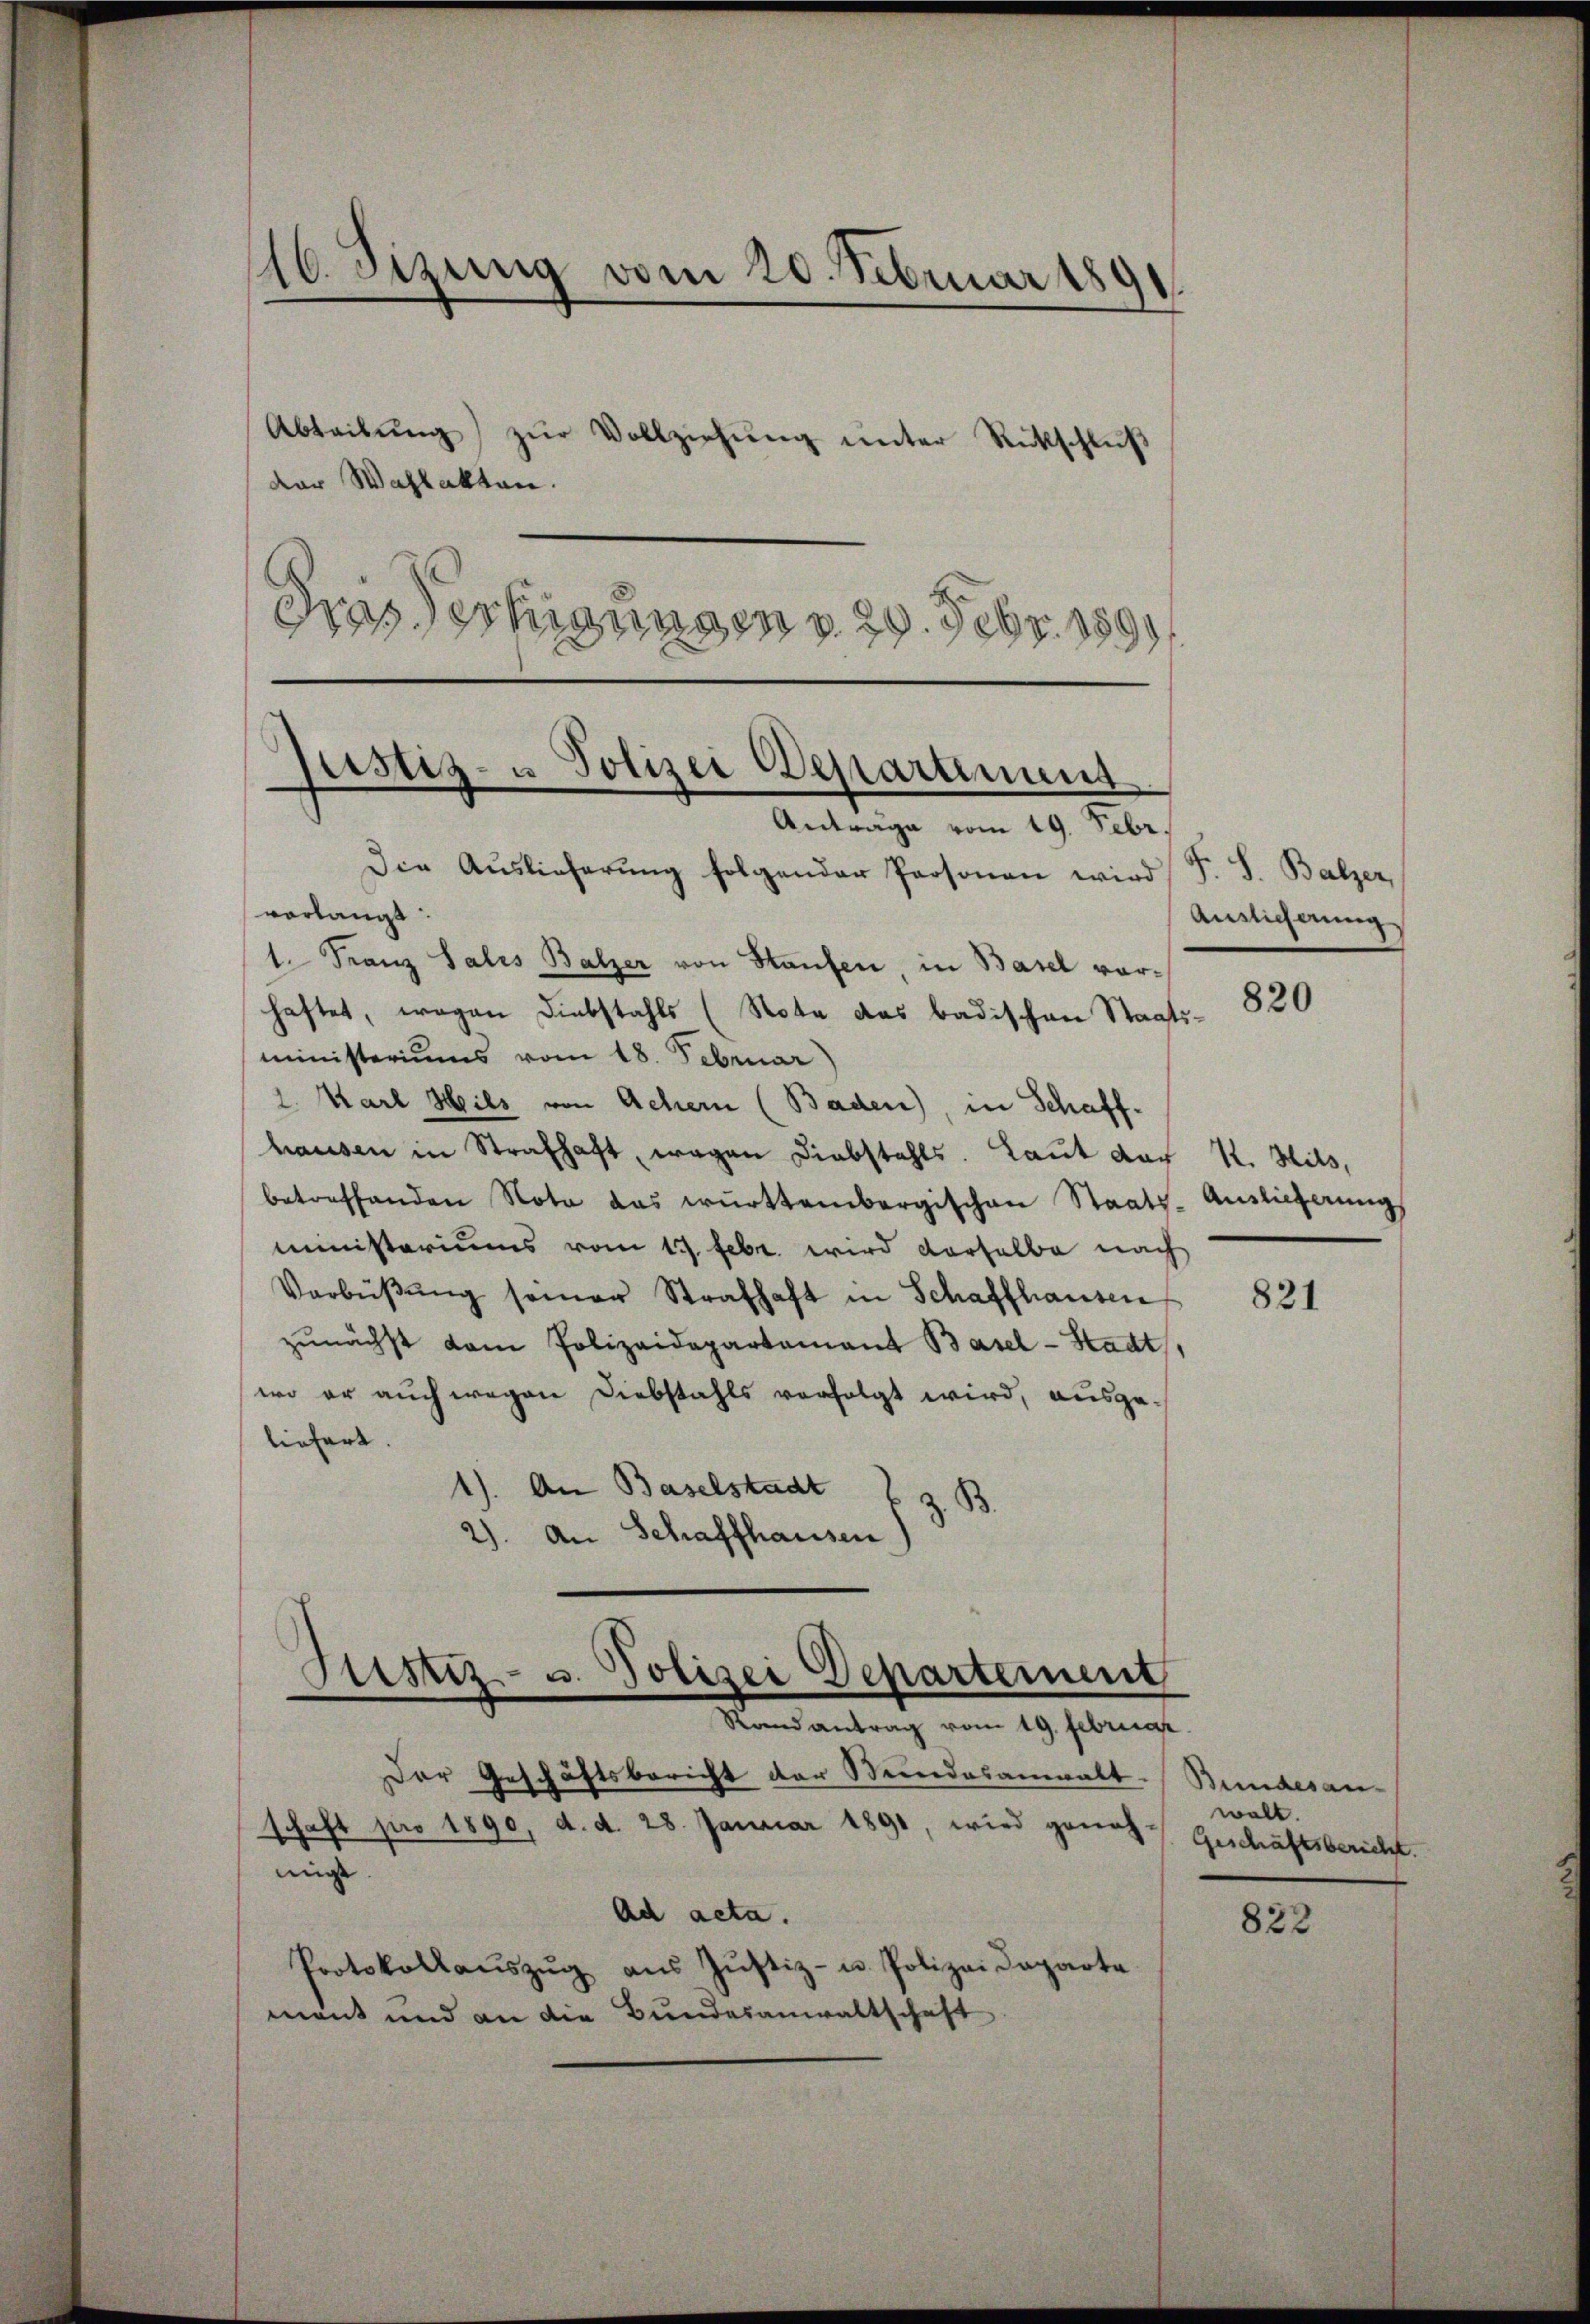
16. Sizung vom 20. Februar 189
.
Abteibŭng zŭr Vollziehung unter Rückschluß
der Wahlakten.
Das Vertigungen v. 29. Febr. 1891

Justiz- u Polizei Departement
d
Anträge vom 19. Febr.

Justiz- u. Polizei Departement
—
Randantrag vom 19. Februar

ninge

Der Geschäftsbericht der Stundesanwalt. Bundesan-
schaft pro 1890, d. d. 28. Januar 1891, wird geneh-
Ad acta.
Protokollaŭszŭg aŭs Jŭstiz- u. Polizei Daparte
mant und an die Bundesanwaltschaft

Die Auslieferung folgender Personen wird
verlangt:
1. Franz Salis Balzer von Staufen, in Basel vorhaftet, wegen Diebstahls (Nota das Badischen Staats-
ministeriums vom 18. Februar)
l. Karl Heils von Achern (Baden), in Schaff-
hausen in Strafhaft, wegen Diebstahls. Laut der K. Hils,
betreffenden Nota das württembergischen Staats-Auslieferungs
ministeriums vom 17. Febr. wird derselbe nach
Verbüβŭng seiner Strafhaft in Schaffhausen
zŭnächst dem Polizeidepartamant Basel-Stadt
wo er auch wegen Diebstahls verfolgt wird, ausge-
liefert.
1). An Baselstadt
B
2). An Schaffhausen

F. S. Balzer,
Anslicherung

820

821

wolt.
Geschäftsbericht.

822